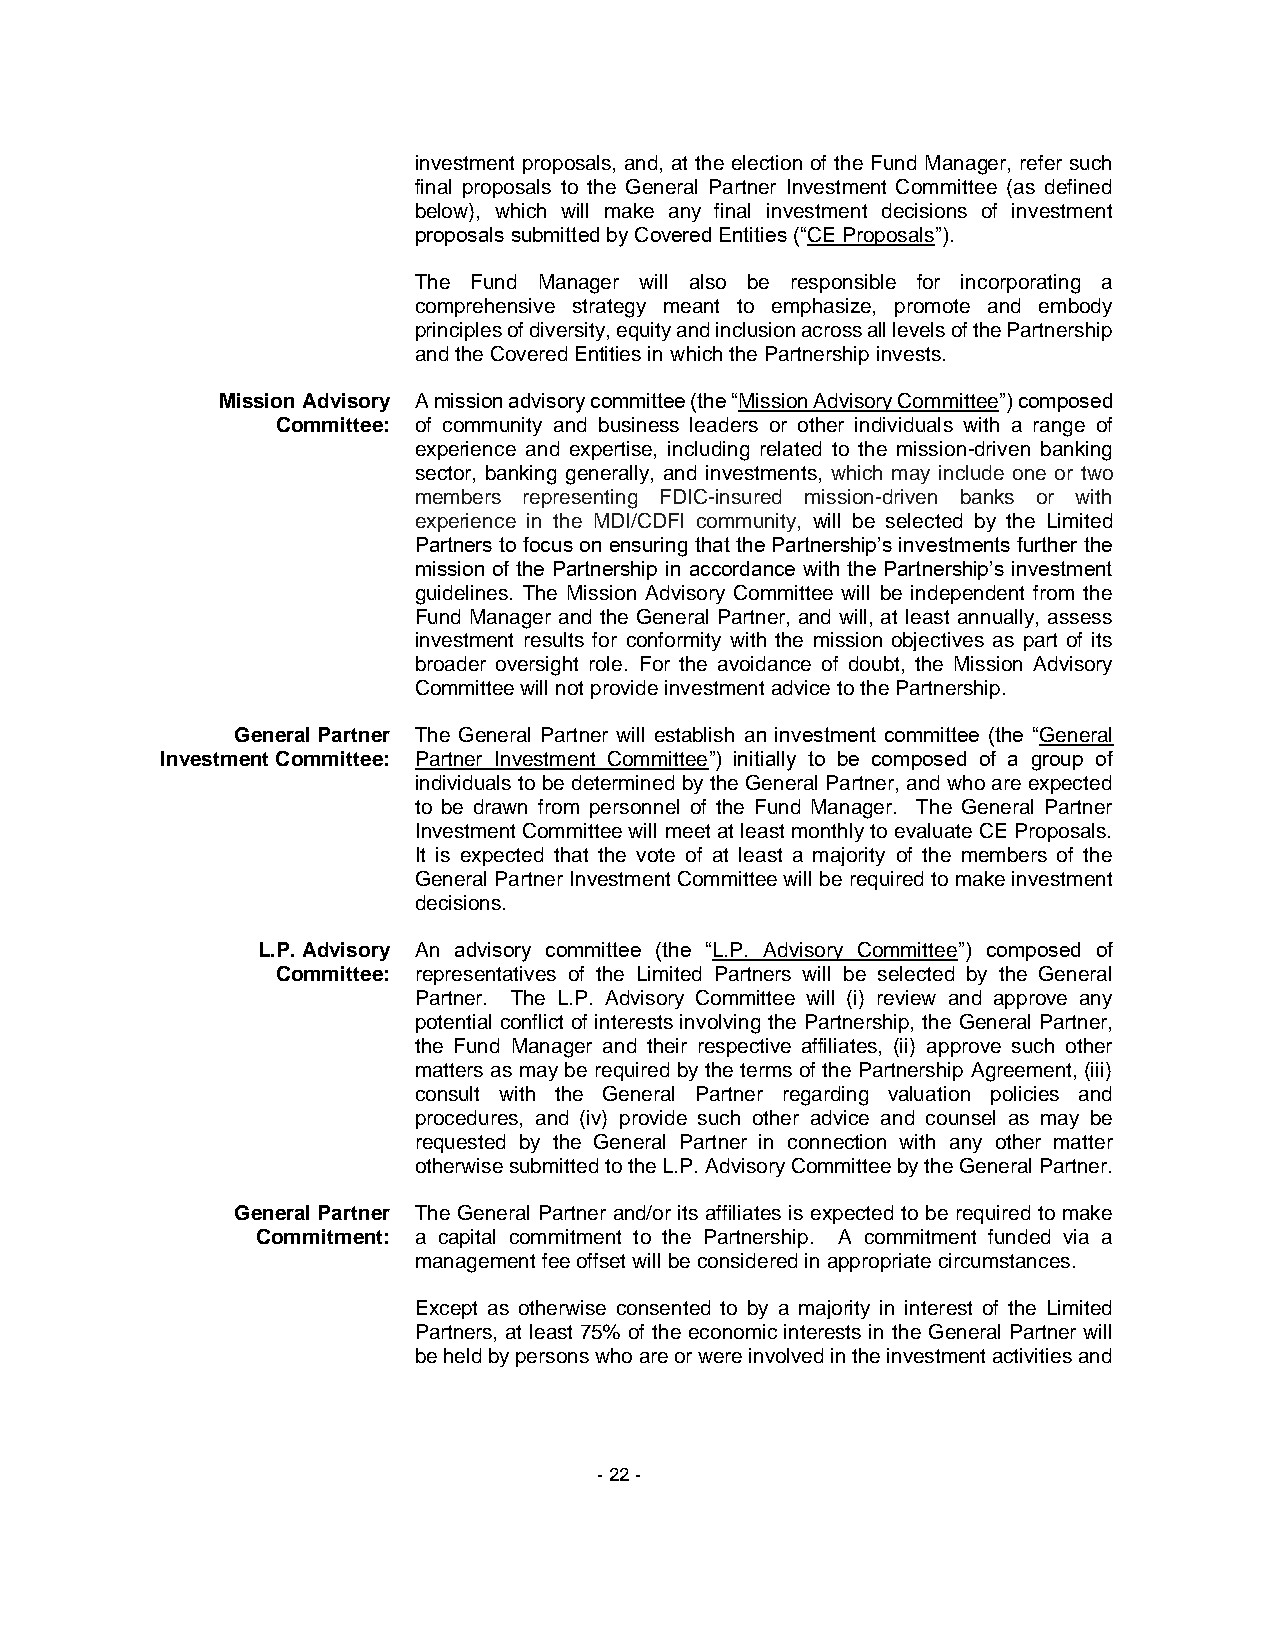
investment proposals, and, at the election of the Fund Manager, refer such
 final proposals to the General Partner Investment Committee (as defined
 below), which will make any final investment decisions of investment
 proposals submitted by Covered Entities (“CE Proposals”).
 The Fund Manager will also be responsible for incorporating a
 comprehensive strategy meant to emphasize, promote and embody
 principles of diversity, equity and inclusion across all levels of the Partnership
 and the Covered Entities in which the Partnership invests.
 Mission Advisory A mission advisory committee (the “Mission Advisory Committee”) composed
 Committee: of community and business leaders or other individuals with a range of
 experience and expertise, including related to the mission-driven banking
 sector, banking generally, and investments, which may include one or two
 members representing FDIC-insured mission-driven banks or with
 experience in the MDI/CDFI community, will be selected by the Limited
 Partners to focus on ensuring that the Partnership’s investments further the
 mission of the Partnership in accordance with the Partnership’s investment
 guidelines. The Mission Advisory Committee will be independent from the
 Fund Manager and the General Partner, and will, at least annually, assess
 investment results for conformity with the mission objectives as part of its
 broader oversight role. For the avoidance of doubt, the Mission Advisory
 Committee will not provide investment advice to the Partnership.
 General Partner The General Partner will establish an investment committee (the “General
 Investment Committee: Partner Investment Committee”) initially to be composed of a group of
 individuals to be determined by the General Partner, and who are expected
 to be drawn from personnel of the Fund Manager. The General Partner
 Investment Committee will meet at least monthly to evaluate CE Proposals.
 It is expected that the vote of at least a majority of the members of the
 General Partner Investment Committee will be required to make investment
 decisions.
 L.P. Advisory An advisory committee (the “L.P. Advisory Committee”) composed of
 Committee: representatives of the Limited Partners will be selected by the General
 Partner. The L.P. Advisory Committee will (i) review and approve any
 potential conflict of interests involving the Partnership, the General Partner,
 the Fund Manager and their respective affiliates, (ii) approve such other
 matters as may be required by the terms of the Partnership Agreement, (iii)
 consult with the General Partner regarding valuation policies and
 procedures, and (iv) provide such other advice and counsel as may be
 requested by the General Partner in connection with any other matter
 otherwise submitted to the L.P. Advisory Committee by the General Partner.
 General Partner The General Partner and/or its affiliates is expected to be required to make
 Commitment: a capital commitment to the Partnership. A commitment funded via a
 management fee offset will be considered in appropriate circumstances.
 Except as otherwise consented to by a majority in interest of the Limited
 Partners, at least 75% of the economic interests in the General Partner will
 be held by persons who are or were involved in the investment activities and
 - 22 -